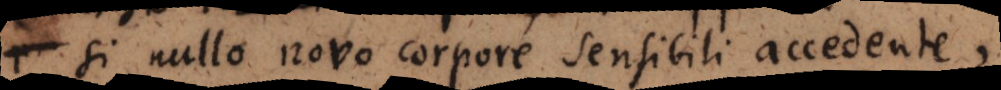
si nullo novo corpore sensibili accedente,